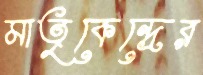
মাতৃকেন্দ্রের